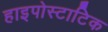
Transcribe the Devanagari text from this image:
हाइपोस्टाटिक